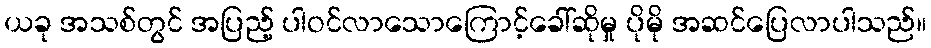
ယခု အသစ်တွင် အပြည့် ပါဝင်လာသောကြောင့်ခေါ်ဆိုမှု ပိုမို အဆင်ပြေလာပါသည်။